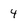
Character: 4